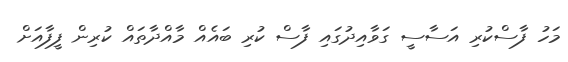
މަހު ފާސްކުރި އަސާސީ ގަވާއިދުގައި ފާސް ކުރި ބައެއް މާއްދާތައް ކުރިން ފީފާއަށް